Report on sanitation, dispensaries, and jails in Rajputana for 1921, and on vaccination for the year 1921-1922 - 1921-1922
Year: 1921
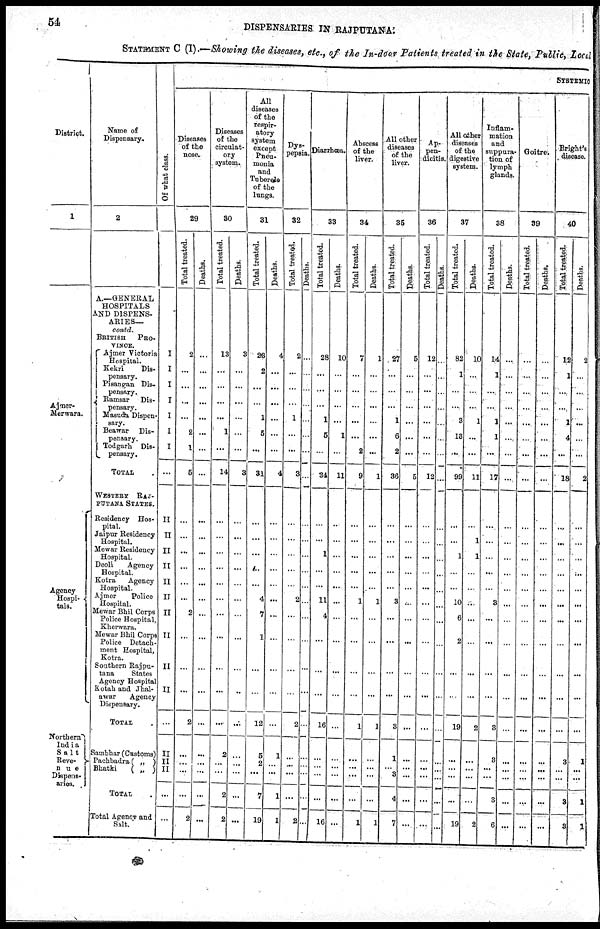
54
DISPENSARIES IN RAJPUTANA.
STATEMENT C (I).—Showing the diseases, etc., of the In-door Patients treated in the State, Public, Loca
District.
1
Ajmer¬
Merwara.
Agency
Hospi¬
tals.
Northern
India
Salt
Reve¬
nue
Dispens¬
aries.
Name of
Dispensary.
2
A.—GENERAL
HOSPITALS
AND DISPENS-
ARIES—
contd.
BRITISH PRO¬
VINCE.
Ajmer Victoria
Hospital.
Kekri
Dis¬
pensary.
Pisangan Dis¬
pensary.
Ramsar
Dis-
pensary.
Masuda Dispen¬
sary.
Beawar Dis-
pensary.
Todgarh Dis¬
pensary.
TOTAL .
WESTERN RAJ¬
PUTANA STATES.
Residency Hos-
pital.
Jaipur Residency
Hospital.
Mewar Residency
Hospital.
Deoli
Agency
Hospital.
Kotra
Agency
Hospital.
Ajmer
Police
Hospital.
Mewar Bhil Corps
Police Hospital,
Kherwara.
Mewar Bhil Corps
Police Detach-
ment Hospital,
Kotra.
Southern Rajpu¬
tana
States
Agency Hospital
Kotah and Jhal¬
awar
Agency
Dispensary.
TOTAL
Sambhar (Customs)
Pachbadra ( „ )
Bhatki
( „ )
TOTAL.
Total Agency and
Salt.
Of what class.
I
I
I
I
I
I
I
...
II
II
II
II
II
II
II
II
II
II
...
II
II
II
...
...
SYSTEMIC
Diseases
of the
nose.
29
Total treated.
2
...
...
...
...
2
1
5
...
...
...
...
...
...
2
...
...
...
2
...
...
...
...
2
Deaths.
...
...
...
...
...
...
...
...
...
...
...
...
...
...
...
...
...
...
...
...
...
...
...
...
Diseases
of the
circulat-
ory
system.
30
Total treated.
13
...
...
...
...
1
...
14
...
...
...
...
...
...
...
...
...
...
...
2
...
...
2
2
Deaths.
3
...
...
...
...
...
...
3
...
...
...
...
...
...
...
...
...
...
...
...
...
...
...
...
All
diseases
of the
respir-
atory
system
except
Pneu-
monia
and
Tubercle
of the
lungs.
31
Total treated.
23
2
...
...
1
5
...
31
...
...
...
...
...
4
7
1
...
...
12
5
2
...
7
19
Deaths.
4
...
...
...
...
...
...
4
...
...
...
...
...
...
...
...
...
...
...
1
...
...
1
1
Dys-
pepsia.
32
Total treated.
2
...
...
...
1
...
...
3
...
...
...
...
...
2
...
...
...
...
2
...
...
...
...
2
Deaths.
...
...
...
...
...
...
...
...
...
...
...
...
...
...
...
...
...
...
...
...
...
...
...
...
Diarrhœa.
33
Total treated.
28
...
...
...
1
5
...
34
...
...
1
...
...
11
4
...
...
...
16
...
...
...
...
16
Deaths.
10
...
...
...
...
1
...
11
...
...
...
...
...
...
...
...
...
...
...
...
...
...
...
...
Abscess
of the
liver.
34
Total treated.
7
...
...
...
...
...
2
9
...
...
...
...
...
1
...
...
...
...
1
...
...
...
...
1
Deaths.
1
...
...
...
...
...
...
1
...
...
...
...
...
1
...
...
...
...
1
...
...
...
...
1
All other
diseases
of the
liver.
35
Total treated.
27
...
...
...
1
6
2
36
...
...
...
...
...
3
...
...
...
...
3
1
...
3
4
7
Deaths.
5
...
...
...
...
...
...
5
...
...
...
...
...
...
...
...
...
...
...
...
...
...
...
...
Ap¬
pen¬
dicitis.
36
Total treated.
12
...
...
...
...
...
...
12
...
...
...
...
...
...
...
...
...
...
...
...
...
...
...
...
Deaths.
...
...
...
...
...
...
...
...
...
...
...
...
...
...
...
...
...
...
...
...
...
...
...
...
All other
diseases
of the
digestive
system.
37
Total treated.
82
1
...
....
3
13
...
99
...
...
1
...
...
10
6
2
...
...
19
...
...
...
...
19
Deaths.
10
...
...
...
1
...
...
11
...
1
1
...
...
...
...
...
...
...
2
...
...
...
...
2
Inflam-
mation
and
suppura-
tion of
lymph
glands.
38
Total treated.
14
1
...
...
1
1
...
17
...
...
...
...
...
3
...
...
...
...
3
3
...
...
3
6
Deaths.
...
...
...
...
...
...
...
...
...
...
...
...
...
...
...
...
...
...
...
...
...
...
...
...
Goitre.
39
Total treated.
...
...
...
...
...
...
...
...
...
...
...
...
...
...
...
...
...
...
...
...
...
...
...
...
Deaths.
...
...
...
...
...
...
...
...
...
...
...
...
...
...
...
...
...
...
...
...
...
...
...
...
Bright's
disease.
40
Total treated.
12
1
...
...
1
4
...
18
...
...
...
...
...
...
...
...
...
...
...
3
...
...
3
3
Deaths.
2
...
...
...
...
...
...
2
...
...
...
...
...
...
...
...
...
...
...
1
...
...
1
1